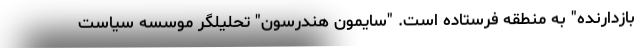
بازدارنده" به منطقه فرستاده است. "سایمون هندرسون" تحلیلگر موسسه سیاست